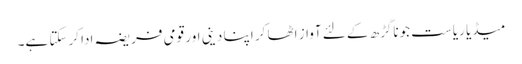
میڈیا ریاست جوناگڑھ کے لئے آواز اٹھا کر اپنا دینی اور قومی فریضہ ادا کرسکتا ہے۔